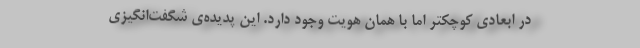
در ابعادی کوچکتر اما با همان هویت وجود دارد. این پدیده‌ی شگفت‌انگیزی